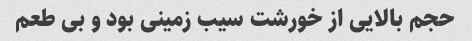
حجم بالایی از خورشت سیب زمینی بود و بی طعم